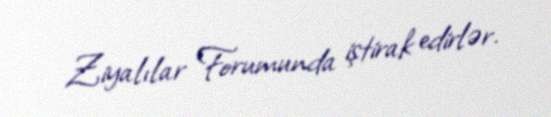
Ziyalılar Forumunda iştirak edirlər.